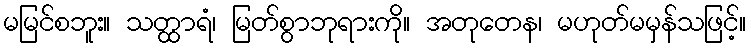
မမြင်စဘူး။ သတ္ထာရံ၊ မြတ်စွာဘုရားကို။ အတုတေန၊ မဟုတ်မမှန်သဖြင့်။